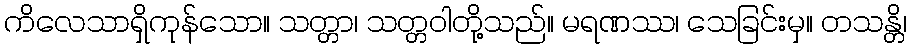
ကိလေသာရှိကုန်သော။ သတ္တာ၊ သတ္တဝါတို့သည်။ မရဏဿ၊ သေခြင်းမှ။ တသန္တိ၊